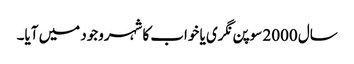
سال 2000 سوپن نگری یا خواب کا شہروجود میں آیا۔